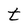
Character: t